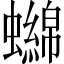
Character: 𧓭